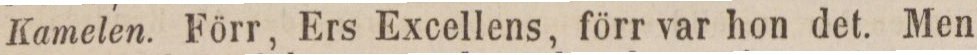
Kamelen. Förr, Ers Excellens, förr var hon det. Men